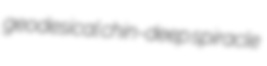
geodesical chin-deep spiracle